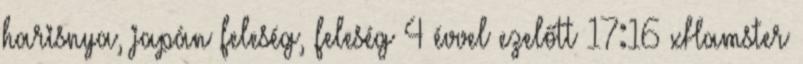
harisnya, japán feleség, feleség 4 évvel ezelőtt 17:16 xHamster